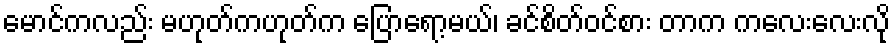
မောင်ကလည်း မဟုတ်ကဟုတ်က ပြောရော့မယ်၊ ခင်စိတ်ဝင်စား တာက ကလေးလေးလို